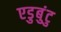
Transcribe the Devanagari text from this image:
एडुबुंटु